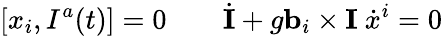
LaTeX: [x_{i},I^{a}(t)]=0\qquad\dot{\mathbf I}+g{\mathbf b}_{i}\times{\mathbf I}\ \dot{x}^{i}=0